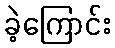
ခဲ့ကြောင်း